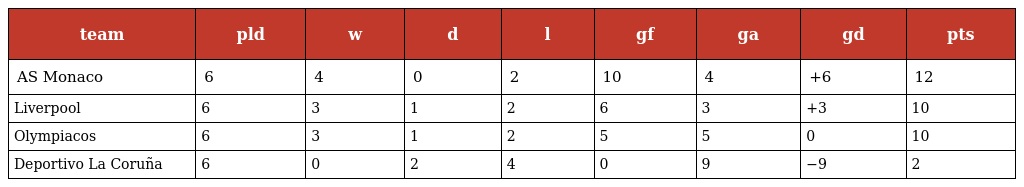
| team | pld | w | d | l | gf | ga | gd | pts |
 | --- | --- | --- | --- | --- | --- | --- | --- | --- |
 | AS Monaco | 6 | 4 | 0 | 2 | 10 | 4 | +6 | 12 |
 | Liverpool | 6 | 3 | 1 | 2 | 6 | 3 | +3 | 10 |
 | Olympiacos | 6 | 3 | 1 | 2 | 5 | 5 | 0 | 10 |
 | Deportivo La Coruña | 6 | 0 | 2 | 4 | 0 | 9 | −9 | 2 |